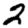
Digit: 2